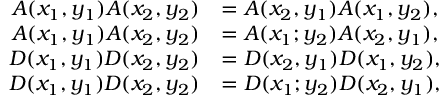
\begin{array} { r l } { A ( x _ { 1 } , y _ { 1 } ) A ( x _ { 2 } , y _ { 2 } ) } & { = A ( x _ { 2 } , y _ { 1 } ) A ( x _ { 1 } , y _ { 2 } ) , } \\ { A ( x _ { 1 } , y _ { 1 } ) A ( x _ { 2 } , y _ { 2 } ) } & { = A ( x _ { 1 } ; y _ { 2 } ) A ( x _ { 2 } , y _ { 1 } ) , } \\ { D ( x _ { 1 } , y _ { 1 } ) D ( x _ { 2 } , y _ { 2 } ) } & { = D ( x _ { 2 } , y _ { 1 } ) D ( x _ { 1 } , y _ { 2 } ) , } \\ { D ( x _ { 1 } , y _ { 1 } ) D ( x _ { 2 } , y _ { 2 } ) } & { = D ( x _ { 1 } ; y _ { 2 } ) D ( x _ { 2 } , y _ { 1 } ) , } \end{array}